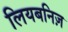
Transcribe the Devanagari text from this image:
लियबनिज़